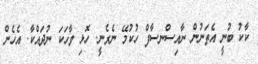
ކާކު ބުނީ އެތަނުން ނާއިސްނސާފް ހުކުމޭ ނެރެނީ. ހޮޅި ވާހަކަ ނުދައްކާ. އެހެން